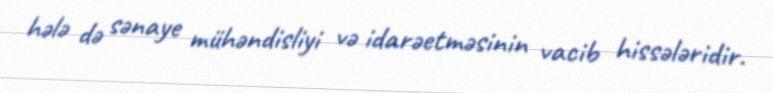
hələ də sənaye mühəndisliyi və idarəetməsinin vacib hissələridir.